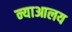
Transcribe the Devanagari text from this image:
न्याआलय